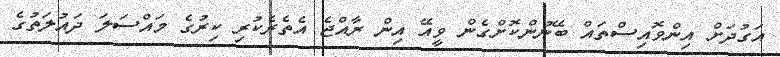
އަގުދަށް އިންވޮއިސްތައް ބޭނުންކޮށްގެން ވީއޭ އިން ރާއްްޖެ އެެތެރެކުރި ކިރުގެ މައްސަލަ ދައުލަތުގެ